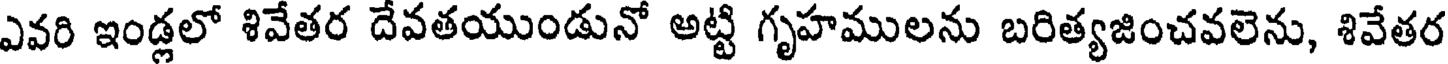
ఎవరి ఇండ్లలో శివేతర దేవతయుండునో అట్టి గృహములను బరిత్యజించవలెను, శివేతర